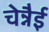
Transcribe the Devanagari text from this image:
चेन्नैई